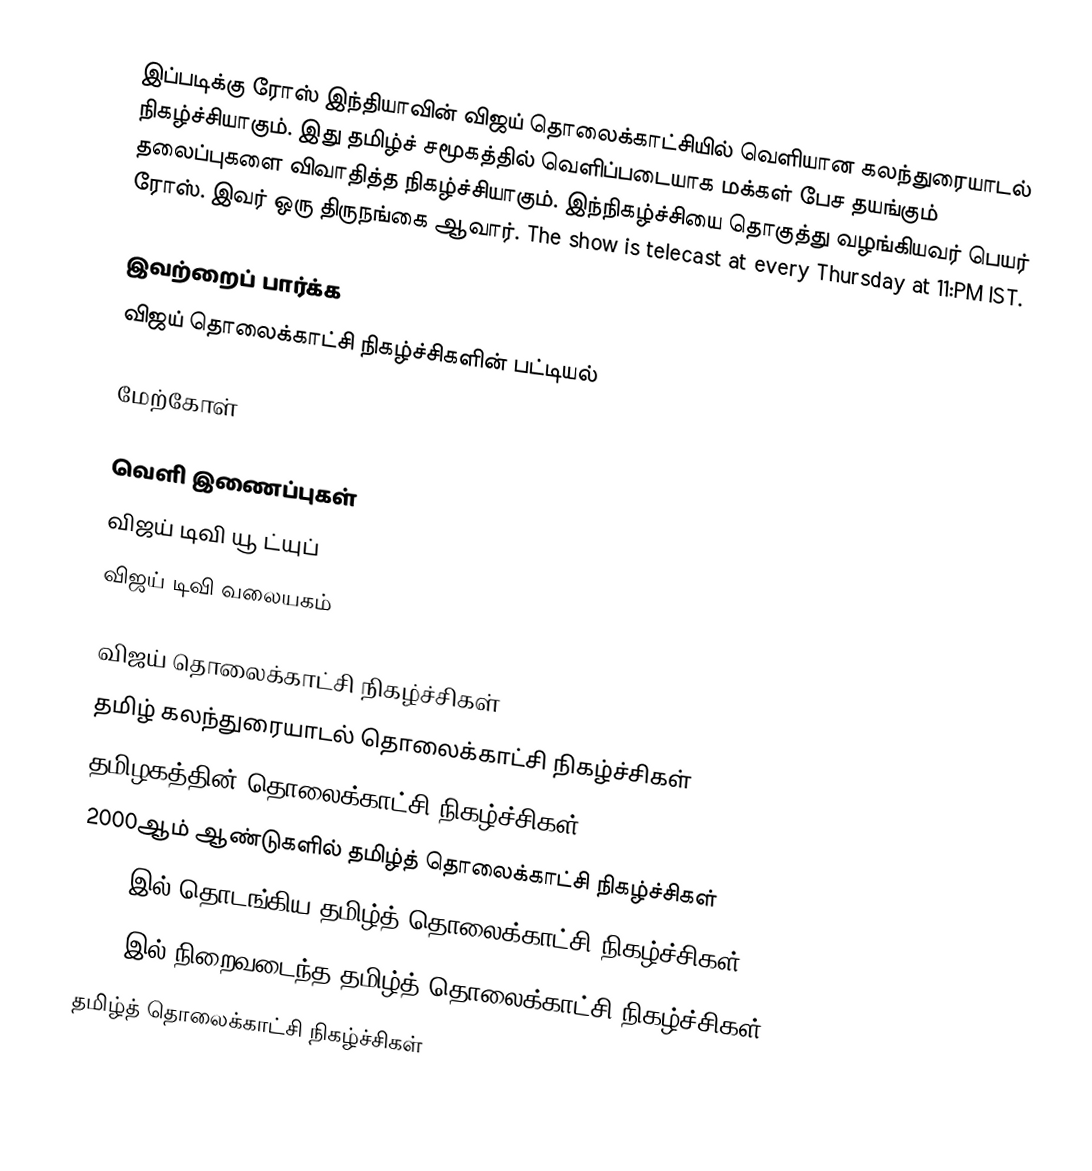
இப்படிக்கு ரோஸ் இந்தியாவின் விஜய் தொலைக்காட்சியில் வெளியான கலந்துரையாடல் நிகழ்ச்சியாகும்.  இது தமிழ்ச் சமூகத்தில் வெளிப்படையாக மக்கள் பேச தயங்கும் தலைப்புகளை விவாதித்த நிகழ்ச்சியாகும்.  இந்நிகழ்ச்சியை தொகுத்து வழங்கியவர் பெயர் ரோஸ். இவர் ஒரு திருநங்கை ஆவார். The show is telecast at every Thursday at 11:PM IST.

இவற்றைப் பார்க்க
 விஜய் தொலைக்காட்சி நிகழ்ச்சிகளின் பட்டியல்

மேற்கோள்

வெளி இணைப்புகள்
 விஜய் டிவி யூ ட்யுப்
 விஜய் டிவி வலையகம்

விஜய் தொலைக்காட்சி நிகழ்ச்சிகள்
தமிழ் கலந்துரையாடல் தொலைக்காட்சி நிகழ்ச்சிகள்
தமிழகத்தின் தொலைக்காட்சி நிகழ்ச்சிகள்
2000ஆம் ஆண்டுகளில் தமிழ்த் தொலைக்காட்சி நிகழ்ச்சிகள்
2008 இல் தொடங்கிய தமிழ்த் தொலைக்காட்சி நிகழ்ச்சிகள்
2009 இல் நிறைவடைந்த தமிழ்த் தொலைக்காட்சி நிகழ்ச்சிகள்
தமிழ்த் தொலைக்காட்சி நிகழ்ச்சிகள்